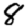
Digit: 8